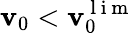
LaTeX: \mathbf{v}_{0}<\mathbf{v}_{0}^{\mathrm{{~l~i~m~}}}